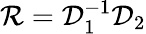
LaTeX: {\cal R}={\cal D}_{1}^{-1}{\cal D}_{2}